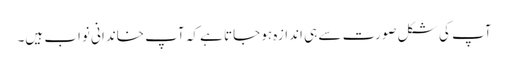
آپ کی شکل صورت سے ہی اندازہ ہو جاتا ہے کہ آپ خاندانی نواب ہیں۔